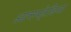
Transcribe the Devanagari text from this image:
आसफ्ऱेडिया